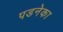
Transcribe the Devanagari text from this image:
पडनेका